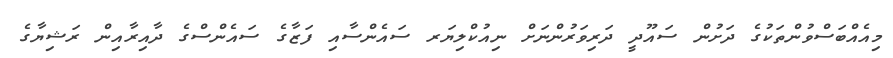
މިއެއްބަސްވުންތަކުގެ ދަށުން ސައޫދީ ދަރިވަރުންނަށް ނިއުކްލިޔަރ ސައެންސާއި ފަޒާގެ ސައެންސްގެ ދާއިރާއިން ރަޝިޔާގެ